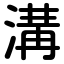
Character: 溝